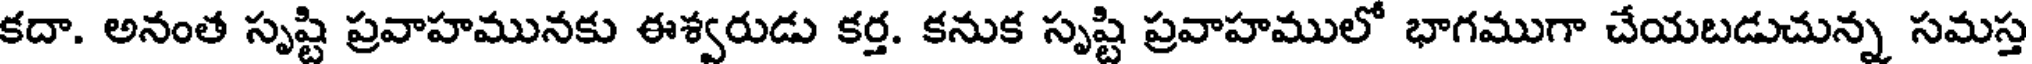
కదా. అనంత సృష్టి ప్రవాహమునకు ఈశ్వరుడు కర్త. కనుక సృష్టి ప్రవాహములో భాగముగా చేయబడుచున్న సమస్త